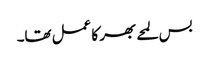
بس لمحے بھر کا عمل تھا۔